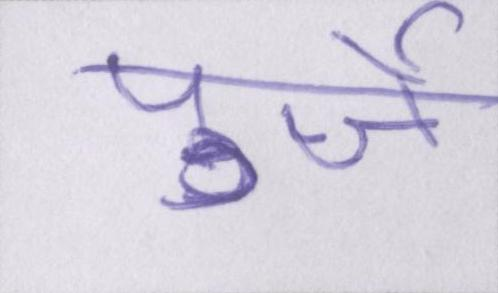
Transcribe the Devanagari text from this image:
पुर्जे